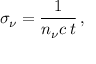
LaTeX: \sigma _ { \nu } = \frac { 1 } { n _ { \nu } c \, t } \, ,